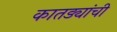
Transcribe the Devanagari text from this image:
कातड्यांची